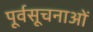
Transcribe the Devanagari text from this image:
पूर्वसूचनाओं